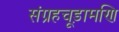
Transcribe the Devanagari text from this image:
संग्रहचूड़ामणि